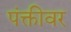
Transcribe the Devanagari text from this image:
पंक्तीवर